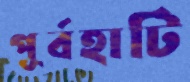
পূর্বহাটি